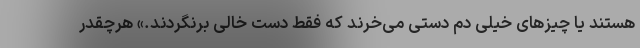
هستند یا چیزهای خیلی دم دستی می‌خرند که فقط دست خالی برنگردند.» هرچقدر